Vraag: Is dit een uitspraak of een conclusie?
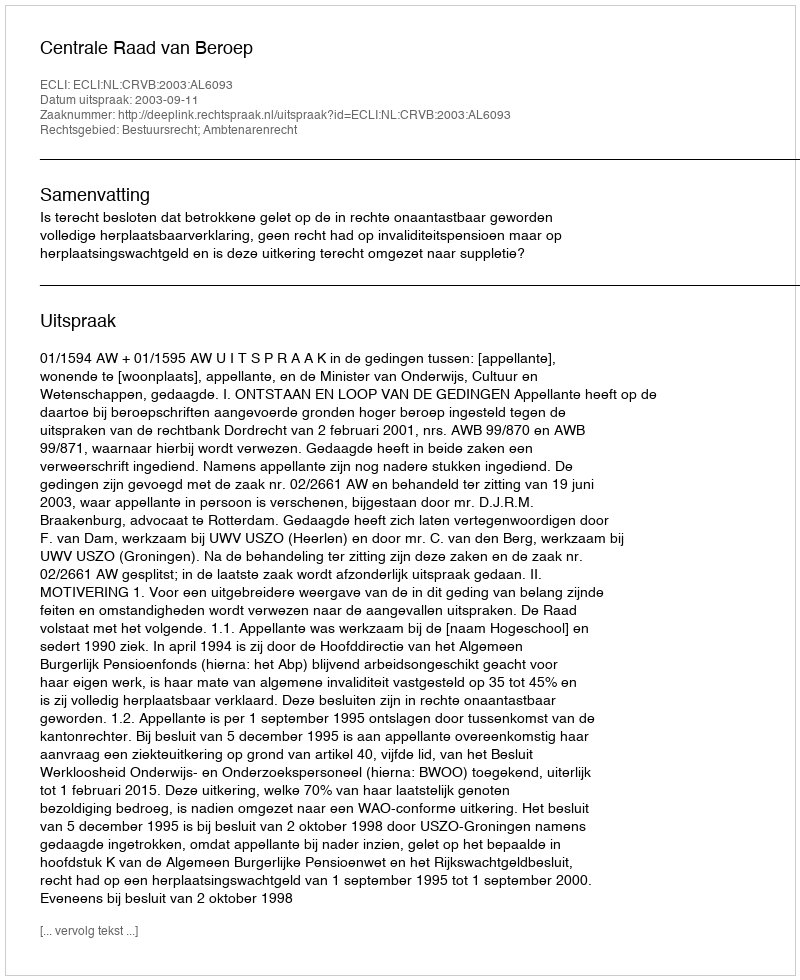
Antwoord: Uitspraak